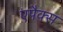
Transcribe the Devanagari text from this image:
एपैक्स